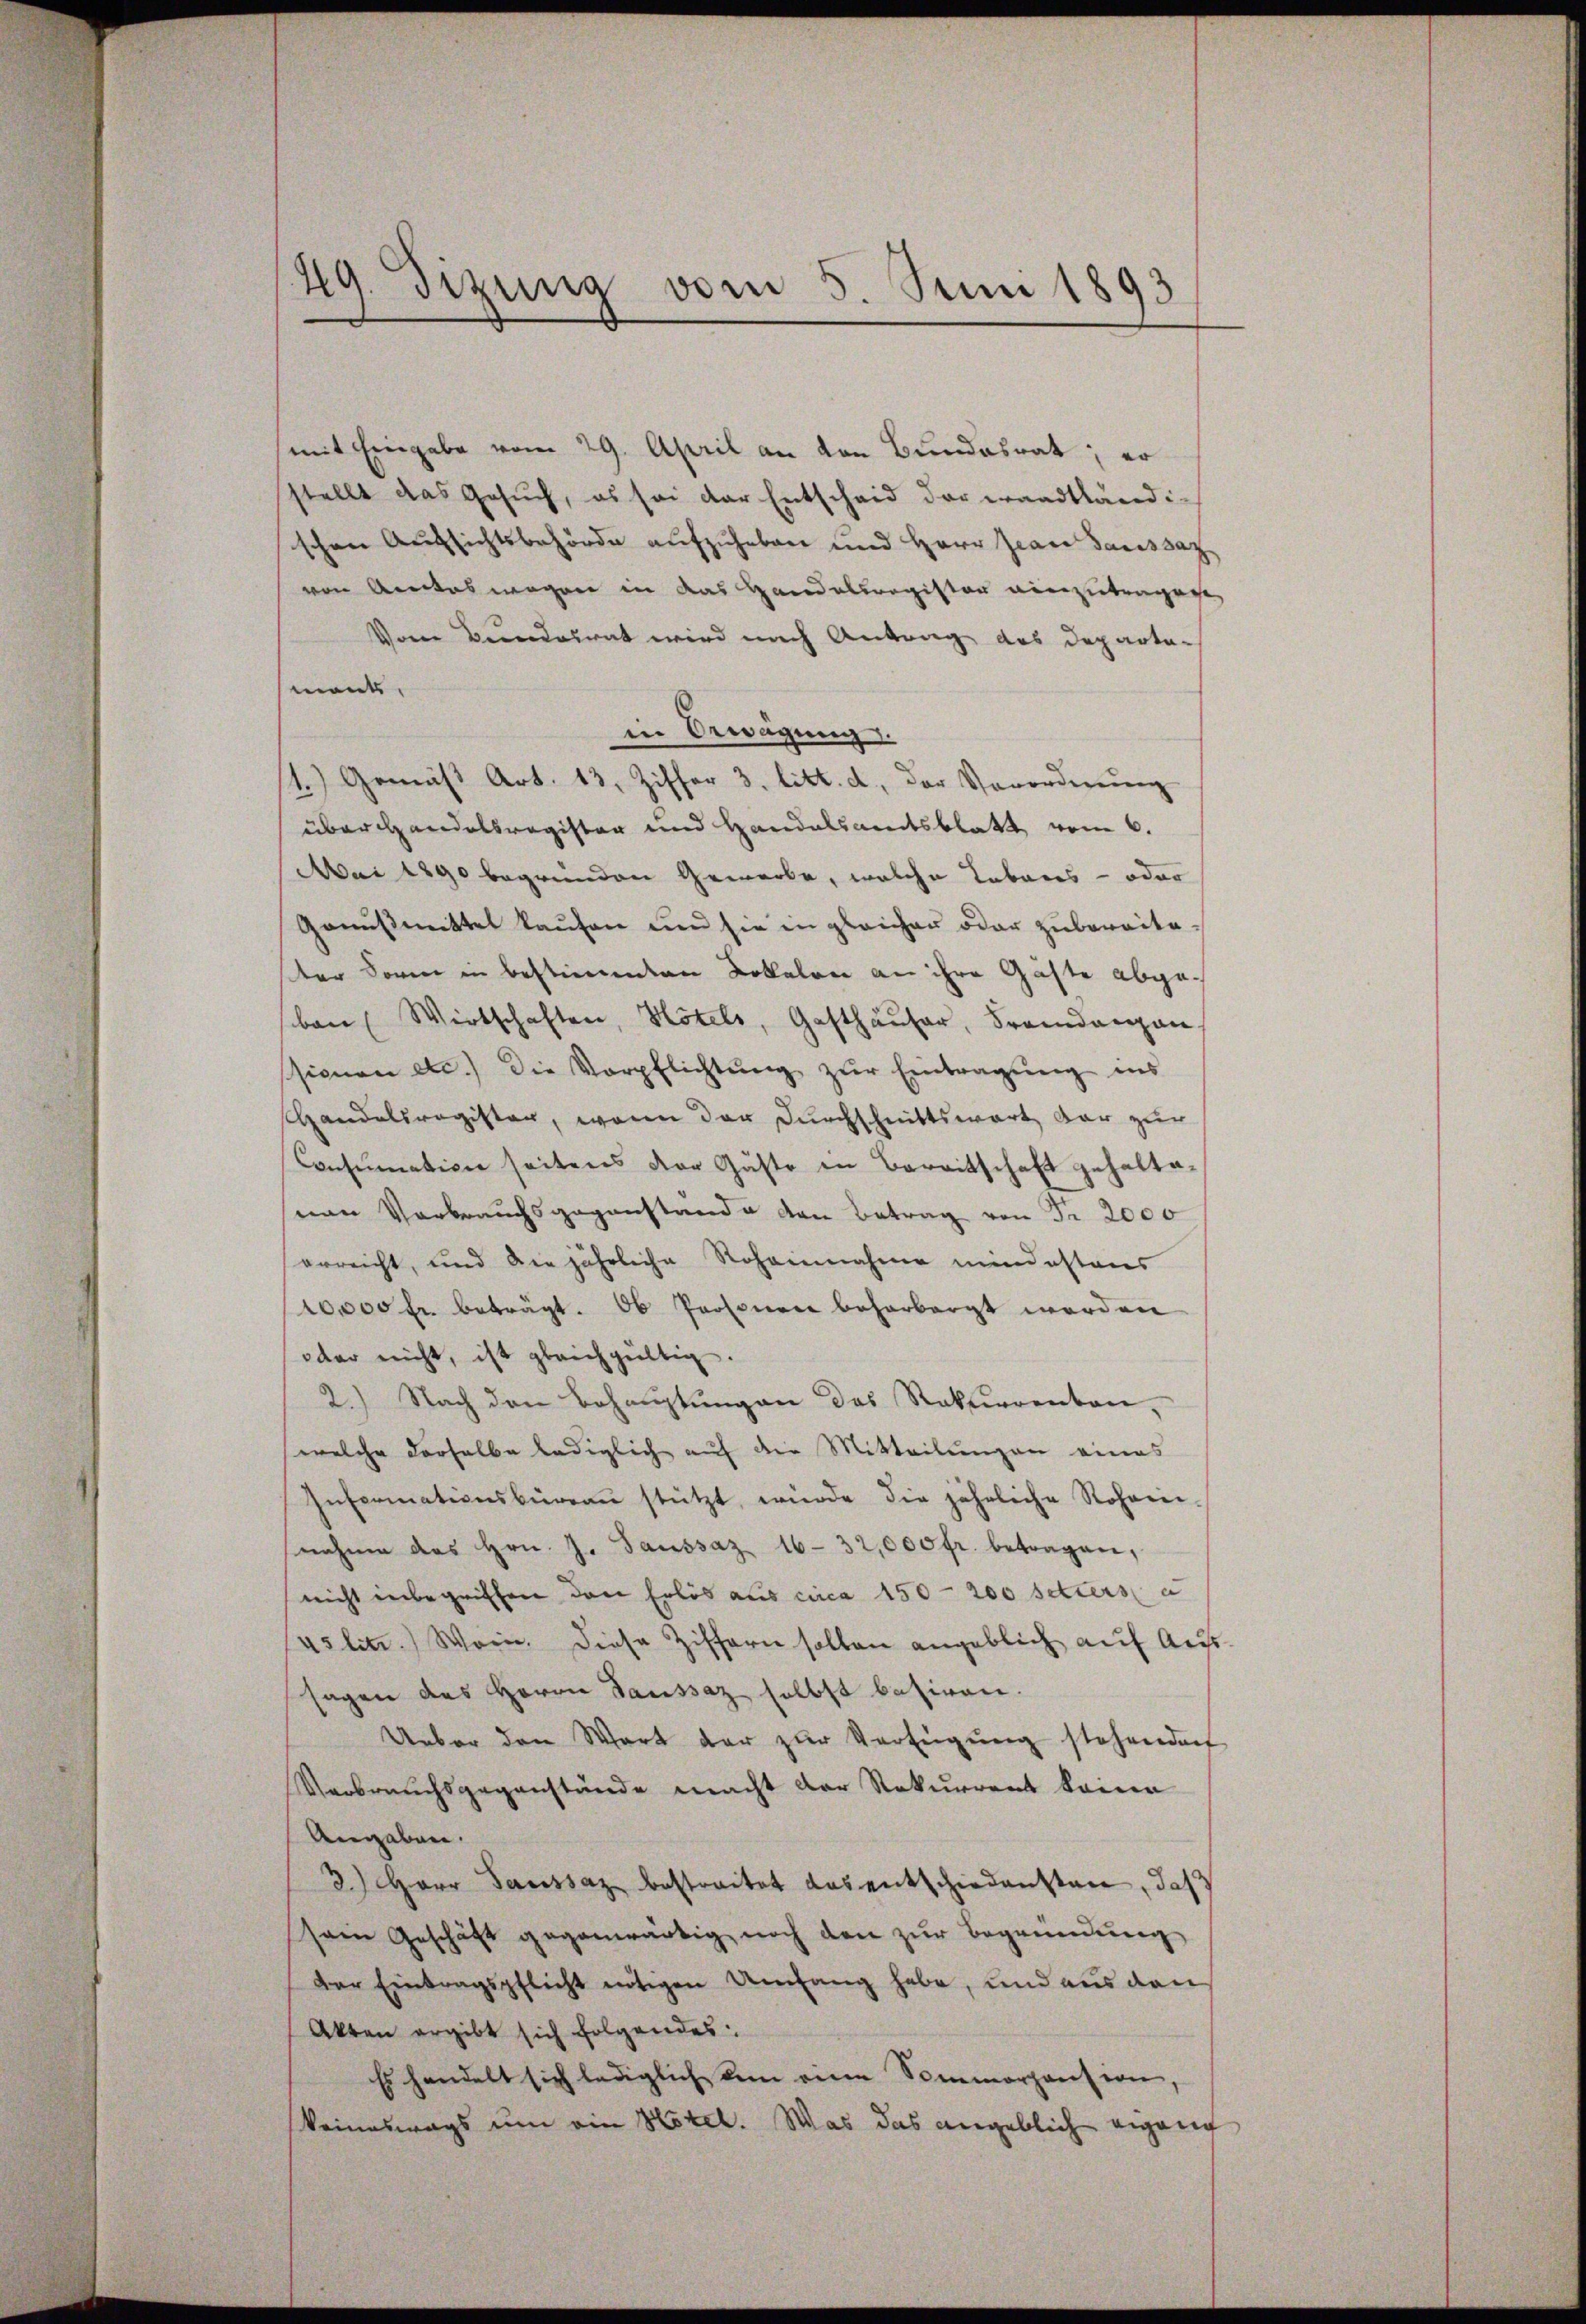
mit Eingabe vom 29. April an von Bundesrat; er
stellt das Gesuch, es sei der Entscheid der waadtländischen Aufsichtsbehörde aufzuheben und Herr Zeare Saussaz
von Amtes wegen in das Handelsregister einzutragen,
Vom Bundesrat wird nach Antrag des Departa-
mont,
in Bewägung.
1.) Gemäß Art. 13, Ziffer 3. litt. d, der Verordnung
überhandelsregister und Handalsamtsblatt vom 6.
Mai 1290 begründen Gewerbe, welche Lebens- oder
Gensmittel kaufen und sie in gleicher oder zubereiteter Soren in bestimmten Lokalen an ihre Gäste abgeban Wirtschaften, Hotels, Gasthäuser, Fremdangen-
ssionen etc.) die Verpflichtŭng zŭr Eintragung ins
Handelsregister, wenn der Durchschnittswart dar zur
Consumation seitens der Gäste in Bereitschaft gehaltanen Verbrauchsgegenstände den Betrag von Fr. 2000
erreicht, und die jährliche Rohannahme mindestens
10000 fr. beträgt. Ob Personen beharborgt werden
oder nicht, ist gleichgültig.
2.) Nach den Behauptungen des Rekurrenbau,
welche derselbe lediglich auf die Mitteilungen eines
Informationsbüreaŭ stützt, würde die jährliche Rohann-
nahme des Hrn. J. Saussaz 16-32,000 fr. betragen,
nicht inbegriffen das Erlös aus circa 150-200 setters a
uslitz.) Wein. Diese Ziffern sollen angeblich auf Aufsagen das Herrn Saussaz selbst basiren.
Ueber den Wort der zŭr Verfügŭng stehendorf
Verbrauchsgegenstände macht der Rekurrent keinen
Angaben.
3.) Herr Saussaz bestreitet das entschiedensten, daß
sein Geschäft gegenwärtig noch den zŭr Begründung
Der Eintragspflicht nötigen Umfang habe, und aus den
Akten ergibt sich folgendes:
Es handelt sich lediglich den eine Sommerhausen,
keineswegs um ein Hotel. Was das angeblich eigen

49. Dizung vom 5. Juni 1893